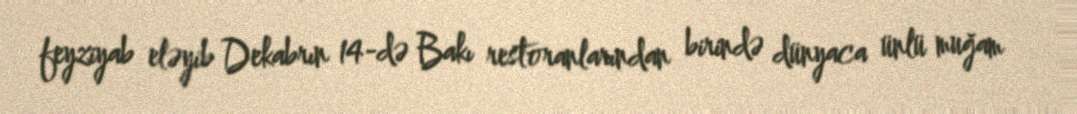
feyziyab eləyib Dekabrın 14-də Bakı restoranlarından birində dünyaca ünlü muğam